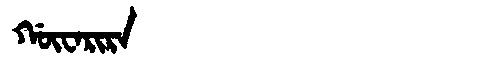
Manchu: ᡤᡡᠸᠠᡵᡳᡵᠠ
Romanization: GŪWARIRA